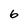
Character: 6